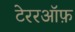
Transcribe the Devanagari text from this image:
टेररऑफ़